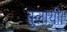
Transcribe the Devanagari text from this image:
बुलायी।